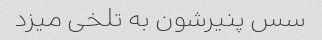
سس پنیرشون به تلخی میزد